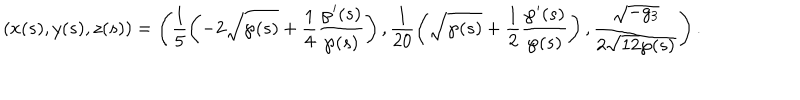
LaTeX: \left( x ( s ) , y ( s ) , z ( s ) \right) = \left( \frac { 1 } { 5 } \left( - 2 \sqrt { \wp ( s ) } + \frac { 1 } { 4 } \frac { \wp ^ { \prime } ( s ) } { \wp ( s ) } \right) , \frac { 1 } { 2 0 } \left( \sqrt { \wp ( s ) } + \frac { 1 } { 2 } \frac { \wp ^ { \prime } ( s ) } { \wp ( s ) } \right) , \frac { \sqrt { - g _ { 3 } } } { 2 \sqrt { 1 2 } \wp ( s ) } \right) .